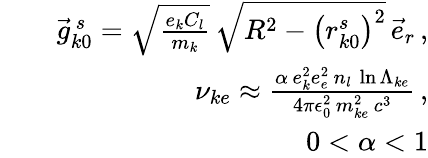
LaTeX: \begin{array}{rlr}&{}&{\vec{g}_{k0}^{\, s}=\sqrt{\frac{e_{k}C_{l}}{m_{k}}}\, \sqrt{R^{2}-\left(r_{k0}^{s}\right)^{2}}\, \vec{e}_{r}\, ,}\\ &{}&{\nu_{ke}\approx\frac{\alpha\, e_{k}^{2}e_{e}^{2}\, n_{l}\, \ln\Lambda_{ke}}{4\pi\epsilon_{0}^{2}\, m_{ke}^{2}\, c^{3}}\, ,}\\ &{}&{0<\alpha<1}\end{array}